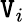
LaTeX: \mathtt{V}_{i}